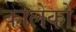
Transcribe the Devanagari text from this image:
कोलेको